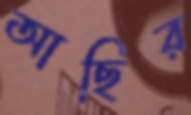
আছির